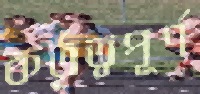
কর্তৃত্বপূর্ণ